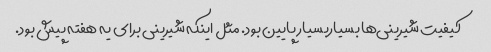
کیفیت شیرینی‌ها بسیاربسیار پایین بود. مثل اینکه شیرینی برای یه هفته پیش بود.